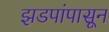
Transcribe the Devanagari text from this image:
झडपांपासून